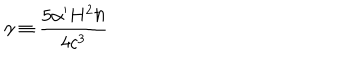
\gamma \equiv \frac { 5 \alpha ^ { \prime } H ^ { 2 } \hbar } { 4 c ^ { 3 } }